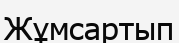
Жұмсартып